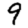
Digit: 9